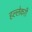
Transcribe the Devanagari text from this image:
हल्लेकरी